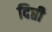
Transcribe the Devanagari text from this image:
दिप्ती